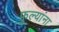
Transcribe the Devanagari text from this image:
फुल्यांना